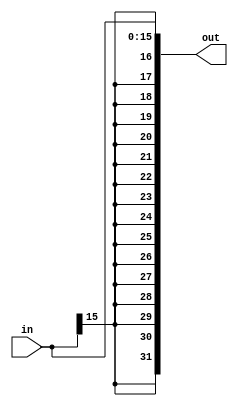
module Sign_Extender(out, in);
	input [15:0] in;
	output [31:0] out;
	assign out = { {16{in[15]}}, in};	
endmodule

module TBSignExtender;
  reg [15:0] in;
  wire [31:0] out;
  Sign_Extender se(out, in);
  initial begin
    $monitor($time, " :Input = %b,\t Output = %b.", in, out);
    #0  in = 16'hF000;
    #100  in = 16'h011;
    #100  in = 16'h8310;
    #100  in = 16'h9999;
    #200  $finish;
  end
endmodule